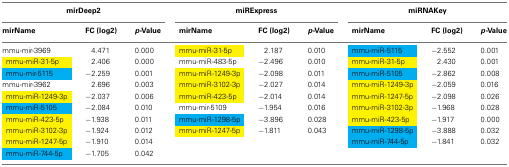
<table><thead><tr><td colspan="3"><b>mirDeep2</b></td><td colspan="3"><b>miRExpress</b></td><td colspan="3"><b>miRNAKey</b></td></tr><tr><td><b>mirName</b></td><td><b>FC (log2)</b></td><td><b><i>p-</i>Value</b></td><td><b>mirName</b></td><td><b>FC (log2)</b></td><td><b><i>p-</i>Value</b></td><td><b>mirName</b></td><td><b>FC (log2)</b></td><td><b><i>p-</i>Value</b></td></tr></thead><tbody><tr><td>mmu-mir-3969</td><td>4.471</td><td>0.000</td><td>mmu-miR-31-5p</td><td>2.187</td><td>0.010</td><td>mmu-miR-5115</td><td>−2.552</td><td>0.001</td></tr><tr><td> mmu-miR-31-5p</td><td>2.406</td><td>0.000</td><td>mmu-miR-483-5p</td><td>−2.496</td><td>0.010</td><td>mmu-miR-31-5p</td><td>2.430</td><td>0.001</td></tr><tr><td> mmu-mir-5115</td><td>−2.259</td><td>0.001</td><td>mmu-miR-1249-3p</td><td>−2.098</td><td>0.011</td><td>mmu-miR-5105</td><td>−2.862</td><td>0.008</td></tr><tr><td>mmu-mir-3962</td><td>2.696</td><td>0.003</td><td>mmu-miR-3102-3p</td><td>−2.027</td><td>0.014</td><td>mmu-miR-1249-3p</td><td>−2.059</td><td>0.016</td></tr><tr><td> mmu-miR-1249-3p</td><td>−2.037</td><td>0.006</td><td>mmu-miR-423-5p</td><td>−2.014</td><td>0.014</td><td>mmu-miR-1247-5p</td><td>−2.098</td><td>0.026</td></tr><tr><td> mmu-miR-5105</td><td>−2.084</td><td>0.010</td><td>mmu-mir-5109</td><td>−1.954</td><td>0.016</td><td>mmu-miR-3102-3p</td><td>−1.968</td><td>0.028</td></tr><tr><td> mmu-miR-423-5p</td><td>−1.938</td><td>0.011</td><td>mmu-miR-1298-5p</td><td>−3.896</td><td>0.028</td><td>mmu-miR-423-5p</td><td>−1.917</td><td>0.000</td></tr><tr><td> mmu-miR-3102-3p</td><td>−1.924</td><td>0.012</td><td>mmu-miR-1247-5p</td><td>−1.811</td><td>0.043</td><td>mmu-miR-1298-5p</td><td>−3.888</td><td>0.032</td></tr><tr><td> mmu-miR-1247-5p</td><td>−1.910</td><td>0.014</td><td></td><td></td><td></td><td>mmu-miR-744-5p</td><td>−1.841</td><td>0.032</td></tr><tr><td> mmu-miR-744-5p</td><td>−1.705</td><td>0.042</td><td></td><td></td><td></td><td></td><td></td><td></td></tr></tbody></table>